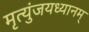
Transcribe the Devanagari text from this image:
मृत्युंजयध्यानम्‌